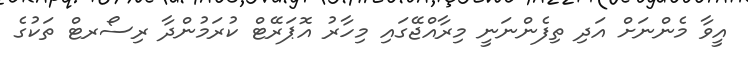
އީވާ މެންނަށް އަދި ތިފެންނަނީ މިރާއްޖޭގައި މިހާރު އޮޕަރޭޓް ކުރަމުންދާ ރިސޯރޓް ތަކުގެ